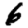
Digit: 6